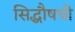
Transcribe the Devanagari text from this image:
सिद्धौषधी